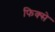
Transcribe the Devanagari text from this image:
फिक्से